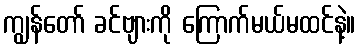
ကျွန်တော် ခင်ဗျားကို ကြောက်မယ်မထင်နဲ့။